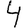
Digit: 4